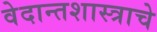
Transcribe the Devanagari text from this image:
वेदान्तशास्त्राचे